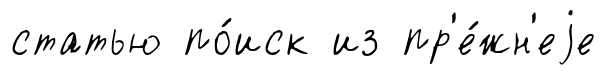
статью по́иск из пр'е́жн'еjе